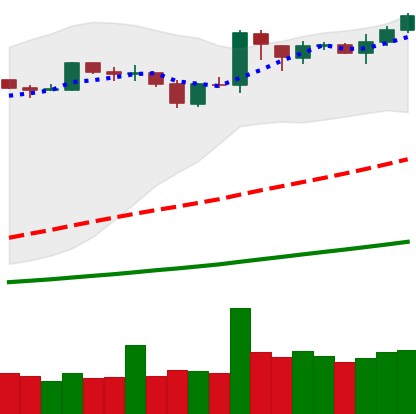
Ticker: BNB-USD
Chart end date: 2019-04-01
Forward return: 6.491%
Label: up_5_7